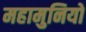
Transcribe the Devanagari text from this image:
महामुनियों